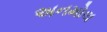
અનમોલ